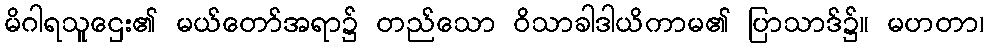
မိဂါရသူဌေး၏ မယ်တော်အရာ၌ တည်သော ဝိသာခါဒါယိကာမ၏ ပြာသာဒ်၌။ မဟတာ၊